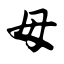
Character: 母